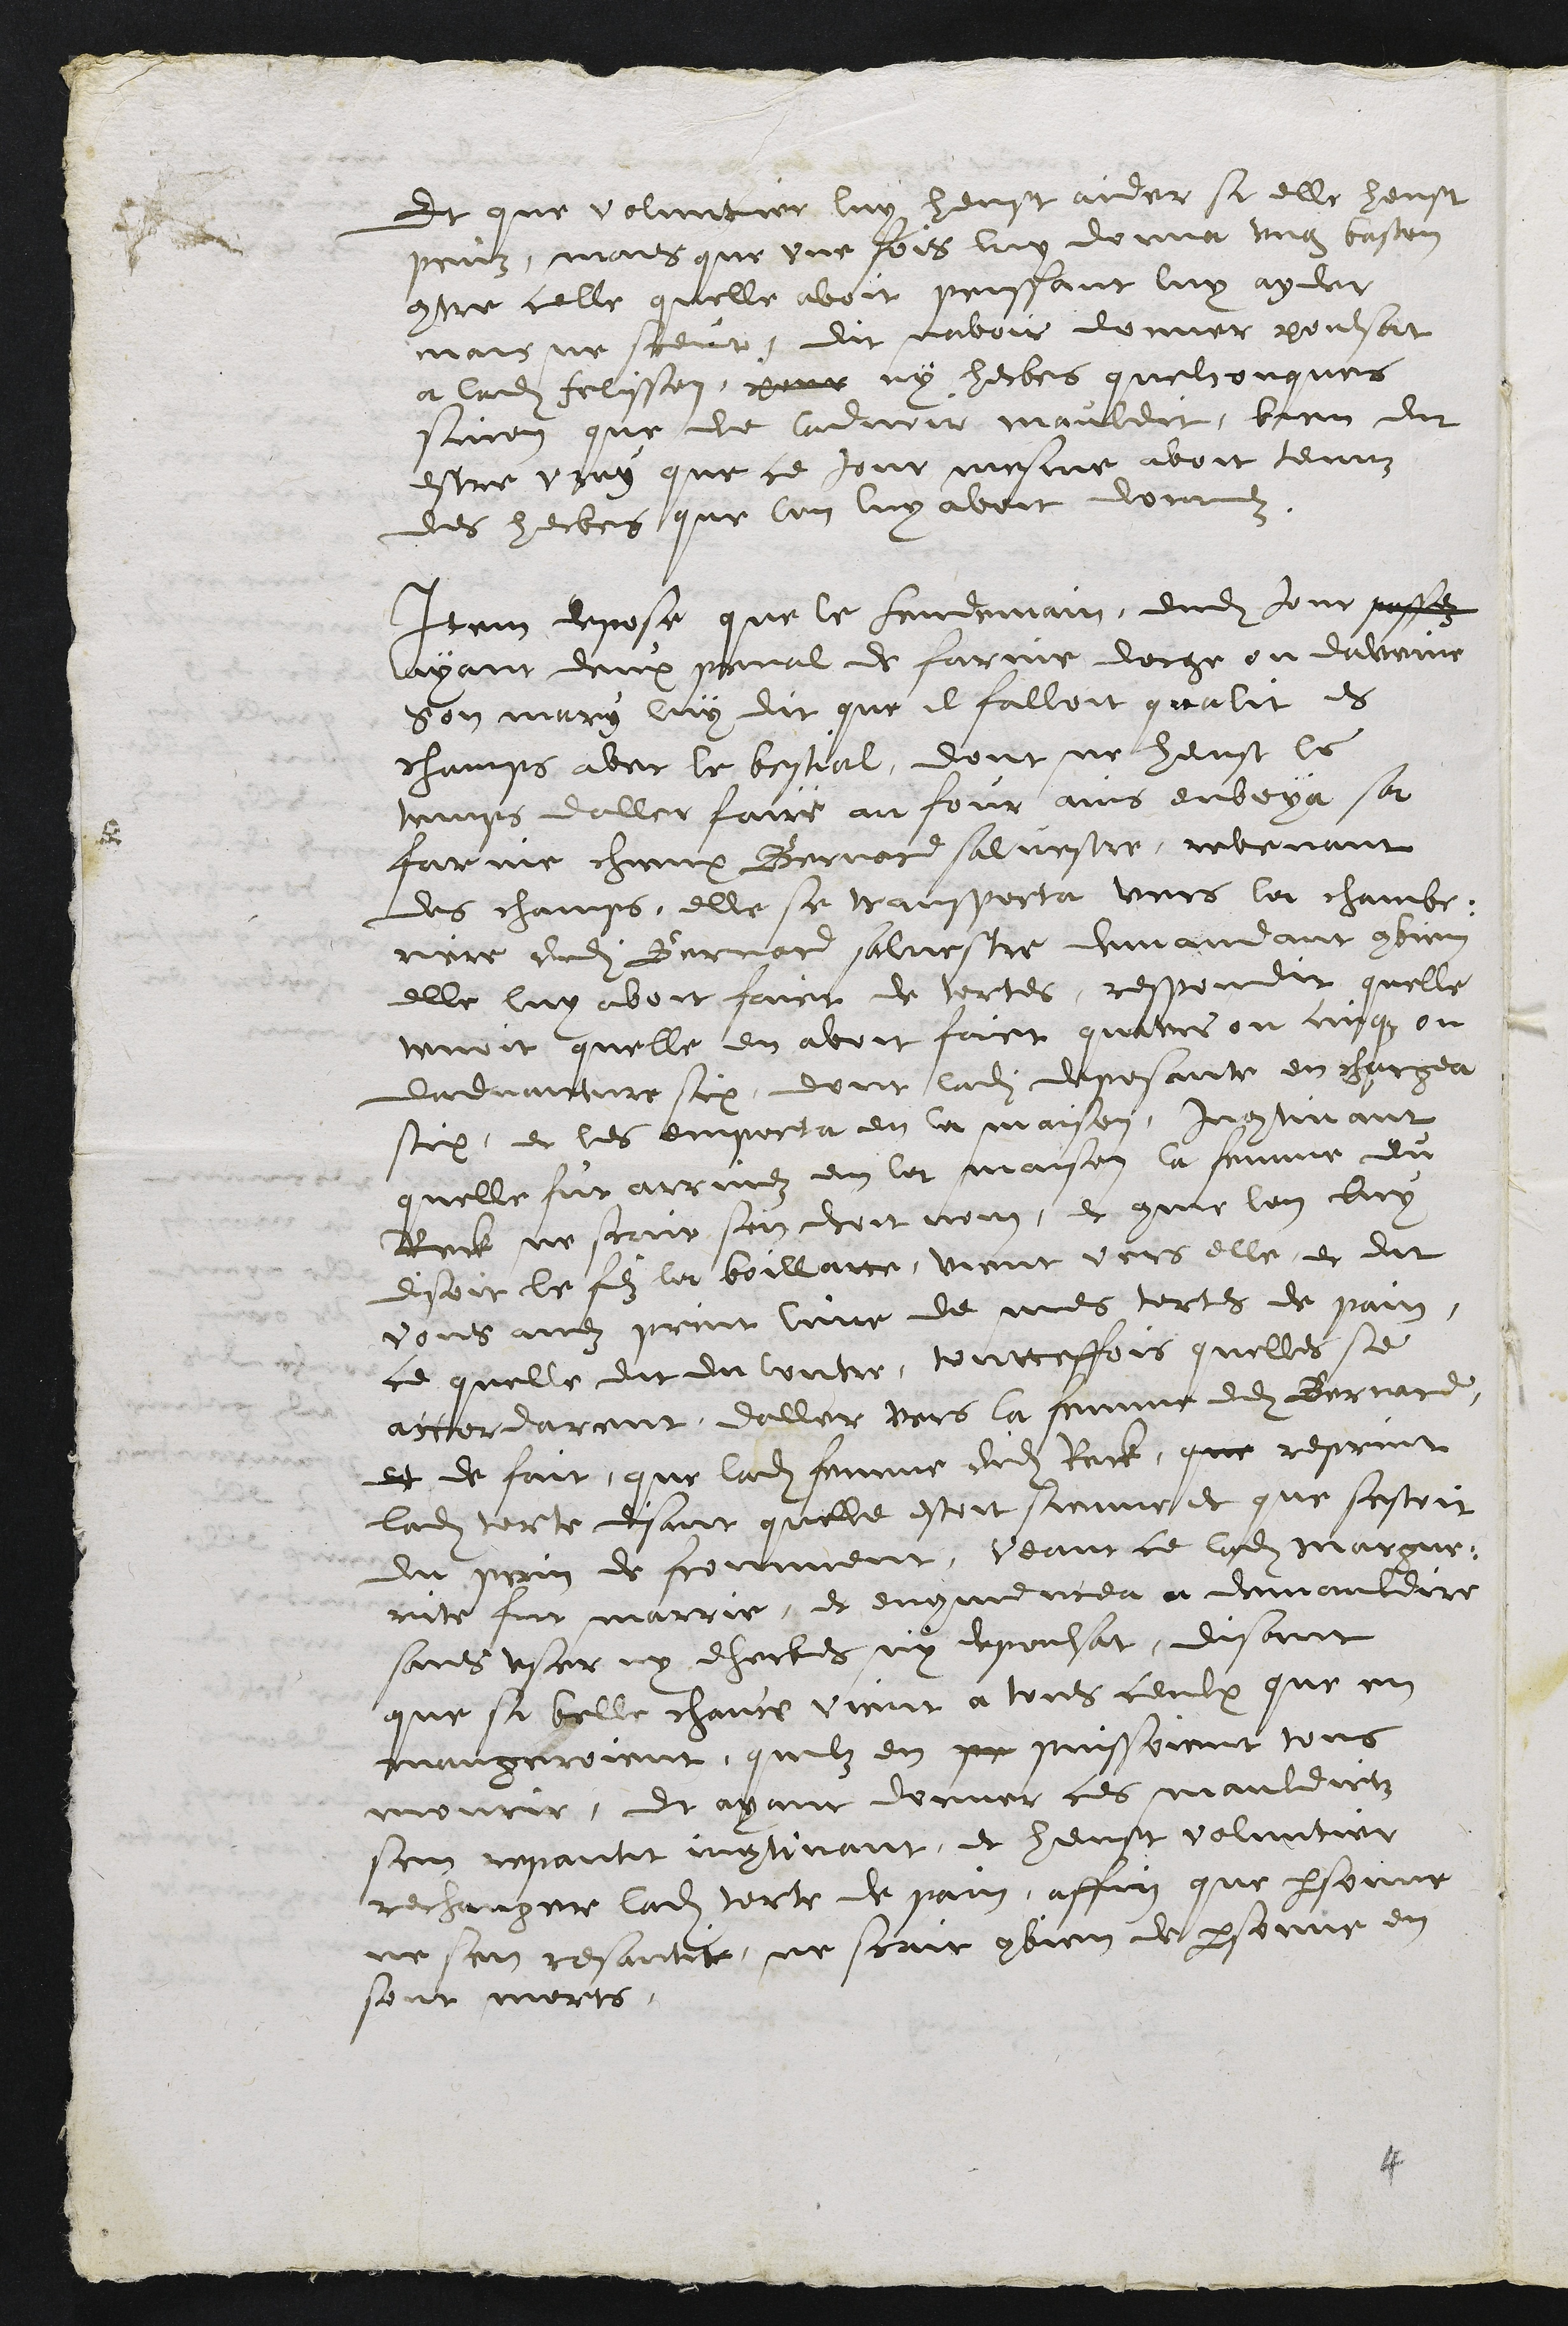
Et que voluntier luy heust aider si elle heust
peuz, mais que une fois luy donna ung baston
contre celle quelle avoit penssant luy ayder
mais ne sceut, dit navoir donner poulsat
a ladite Felisson, pour ny herbes quelconques
sinon que de ladvoir mauldit, bien dit
estre vray que ce jour mesme avoit tenuz
des herbes que lon luy avoit donnez.
Item depose que le Landemain dudit jour passez
ayant deux penal de farine dorge ou daveine
Son mary luy dit que il failloit qualit es
champs avec le bestial, dont ny heust le
temps daller faire au four ains envoya sa
farnie chieux Bernard salvestre, revenant
des champs, elle se transporta vers la chambe-
riere dudit Bernard silvestre demandant combien
elle luy avoit faire de tortes, respondit quelle
tenoit quelle en avoit faict quatres ou cinqz ou
dadvanture six, dont ladite deposante en chargea
six et les emporta en la maison, Incontinant
quelle fut arrivez en la maison la femme du
Reck ny scait son droit nom, et comme lon luy
disoit le filz la boillatte, vient vers elle en dit
vous avez print lune de mes tortes de pain,
ce quelle dit du contre, toutteffois quelles se
accordarent daller vers la femme dudit Bernard
et de fait que ladite femme dudit Reck que reprint
ladite torte disant quelle estoit sienne et que sestoit
du pain de fromment, veant ce ladite margue-
rite fut marrie, et encommencea a demauldire
sans user ny dherbes ny depoulsat, disant
que sa belle chance vient a tous ceulx que en
mangeroient, quilz en pr puissoient tous
mourir, et ayant donner ces mauldictz
sen repantit incontinant, et heust voluntier
rechanger ladite torte de pain, affin que personne
ne sen resantit, ne scait combien de personne en
sont morts

4